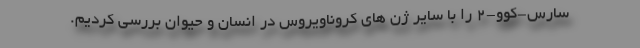
سارس-کوو-۲ را با سایر ژن های کروناویروس در انسان و حیوان بررسی کردیم.